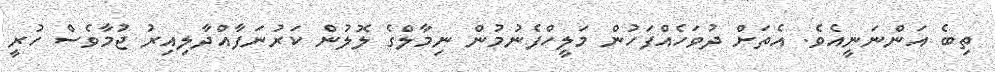
ތިބެ އަންނަނީއެވެ. އެތަށް ދުވަހެއްފަހުން މަލީހްފެނުމުން ނިމާލްގެ ލޮލުން ކަރުނަފާއްދާލިއިރު ޖުމާވެސް ހުރީ